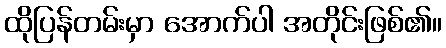
ထိုပြန်တမ်းမှာ အောက်ပါ အတိုင်းဖြစ်၏။